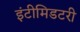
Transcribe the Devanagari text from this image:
इंटीमिडटरी